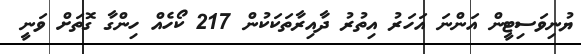
ޔުނިވަސިޓީން އަންނަ އަހަރު އިތުރު ދާއިރާތަކަކުން 217 ކޯހެއް ހިންގާ ގޮތަށް ވަނީ